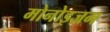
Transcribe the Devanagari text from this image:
मोनोइज़म